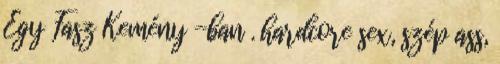
Egy Fasz Kemény -ban . hardcore sex, szép ass,